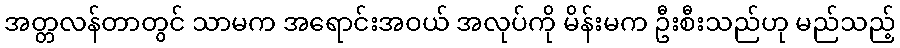
အတ္တလန်တာတွင် သာမက အရောင်းအဝယ် အလုပ်ကို မိန်းမက ဦးစီးသည်ဟု မည်သည့်